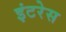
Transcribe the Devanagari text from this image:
इंटरेस